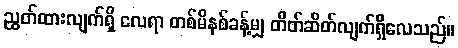
ညွတ်ထားလျက်ရှိ လေရာ တစ်မိနစ်ခန့်မျှ တိတ်ဆိတ်လျက်ရှိလေသည်။